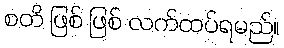
စတိ ဖြစ် ဖြစ် လက်ထပ်ရမည်။